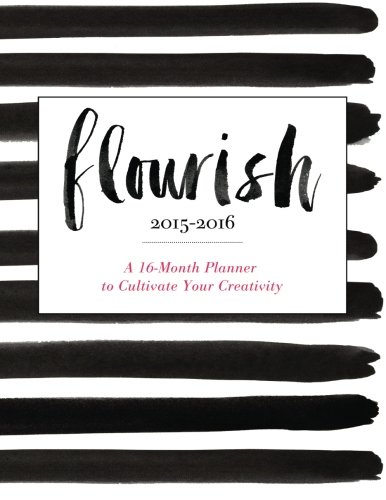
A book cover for Flourish: A 16-Month Planner to Cultivate Your Creativity; Monica Lee; Self-Help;